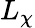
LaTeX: L_{\chi}